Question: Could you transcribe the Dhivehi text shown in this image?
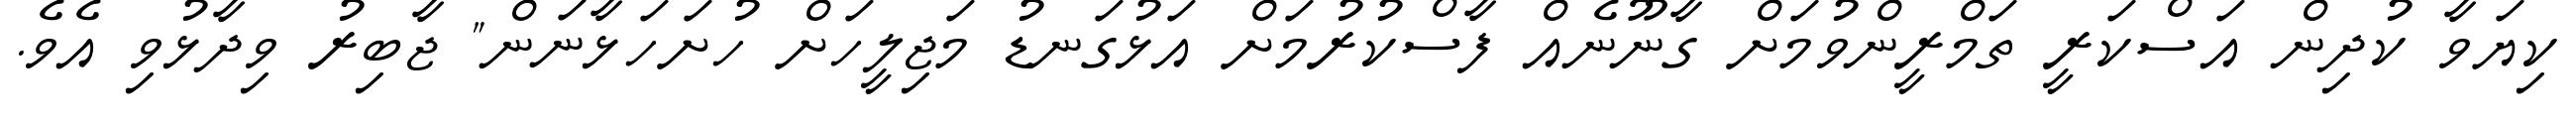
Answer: ކިޔަވާ ކުދިން އަސްކަރީ ތަމްރީންވުމަށް ގާނޫނެއް ފާސްކުރުމަށް އަޅުގަނޑު މަޖިލީހަށް ހުށަހަޅާނަން" ޖާބިރު ވިދާޅުވި އެވެ.